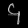
Digit: ၄